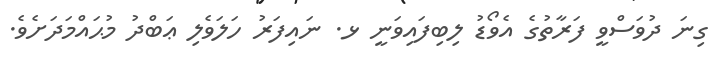
ގިނަ ދުވަސްވީ ފަރާތުގެ އެވޯޑު ލިބިފައިވަނީ ޅ. ނައިފަރު ހަލަވެލި ޢަބްދު މުޙައްމަދަށެވެ.